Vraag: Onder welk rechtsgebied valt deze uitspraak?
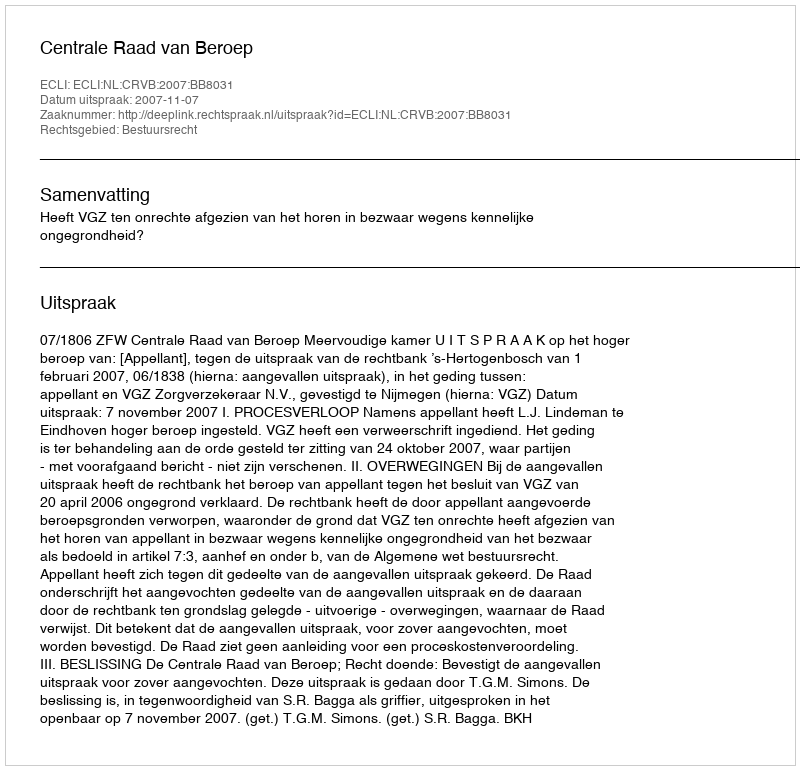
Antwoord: Bestuursrecht